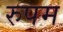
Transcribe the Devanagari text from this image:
रुपम